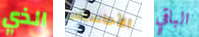
الذي الأحاسيس الباقي